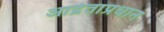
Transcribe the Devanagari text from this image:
आर्द्रताप्रधान